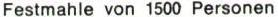
Festmahle von 1500 Personen